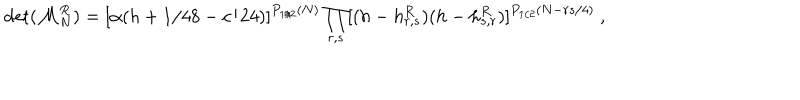
\det ( { \cal M } _ { N } ^ { R } ) = [ \alpha ( h + 1 / 4 8 - c / 2 4 ) ] ^ { P _ { 1 / 2 } ( N ) } \prod _ { r , s } [ ( h - h _ { r , s } ^ { R } ) ( h - h _ { s , r } ^ { R } ) ] ^ { P _ { 1 / 2 } ( N - { r s / 4 } ) } { } ~ ,